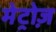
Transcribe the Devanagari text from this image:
मेट्रोज़